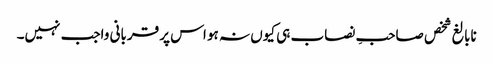
نابالغ شخص صاحبِ نصاب ہی کیوں نہ ہو اس پر قربانی واجب نہیں۔